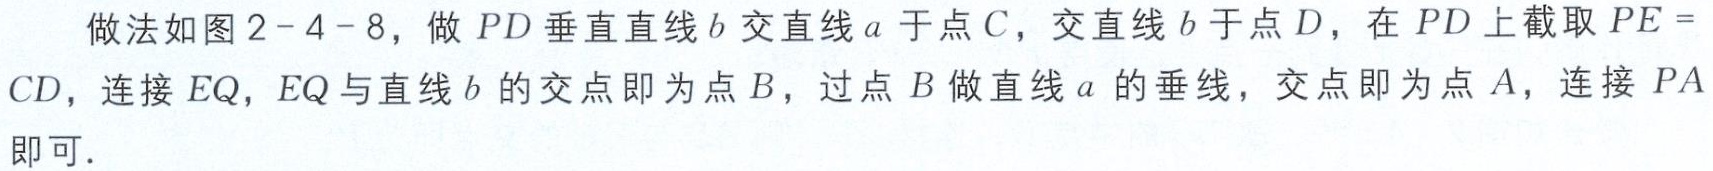
做法如图2-4-8，做 \(PD\) 垂直直线 \(b\) 交直线 \(a\) 于点 \(C\)，交直线 \(b\) 于点 \(D\)，在 \(PD\) 上截取 \(PE = CD\)，连接 \(EQ\)，\(EQ\) 与直线 \(b\) 的交点即为点 \(B\)，过点 \(B\) 做直线 \(a\) 的垂线，交点即为点 \(A\)，连接 \(PA\) 即可．